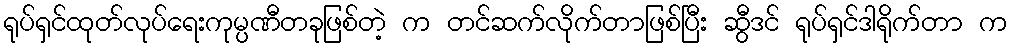
ရုပ်ရှင်ထုတ်လုပ်ရေးကုမ္ပဏီတခုဖြစ်တဲ့ က တင်ဆက်လိုက်တာဖြစ်ပြီး ဆွီဒင် ရုပ်ရှင်ဒါရိုက်တာ က